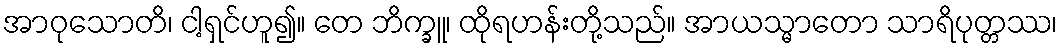
အာဝုသောတိ၊ ငါ့ရှင်ဟူ၍။ တေ ဘိက္ခူ၊ ထိုရဟန်းတို့သည်။ အာယသ္မာတော သာရိပုတ္တဿ၊